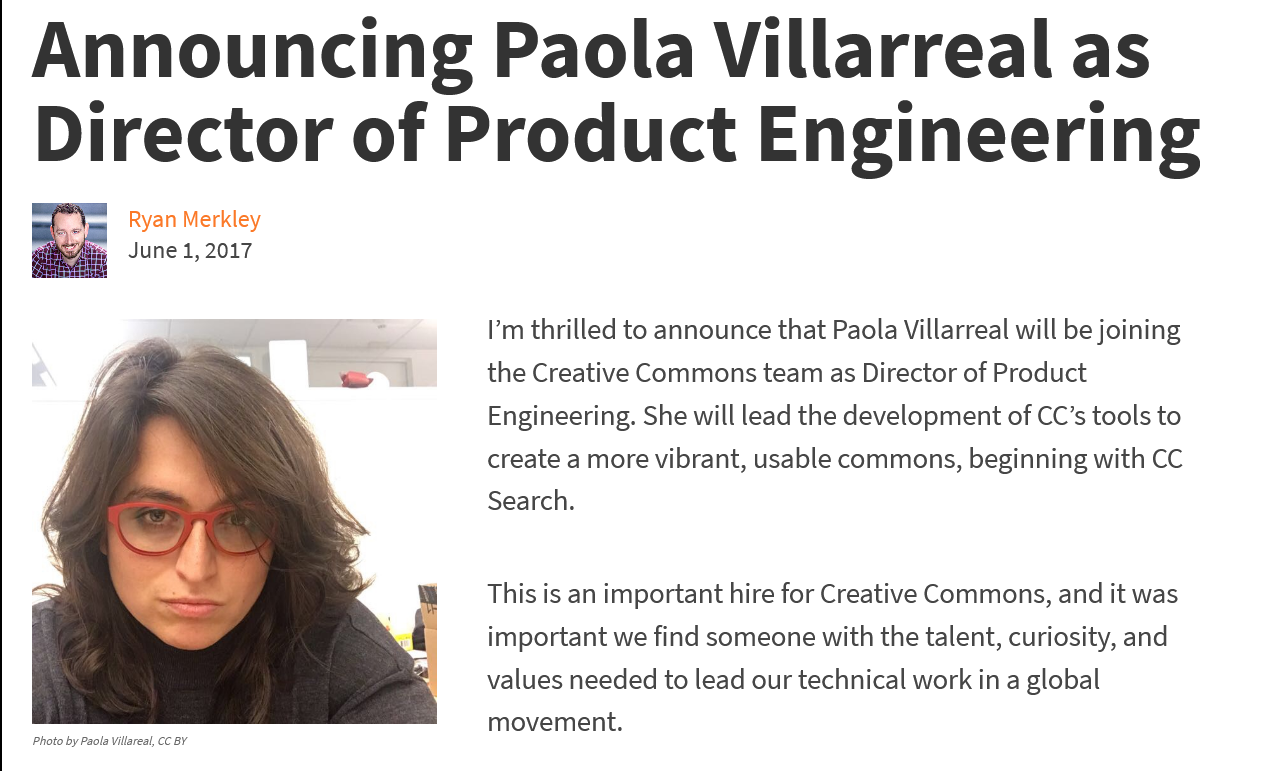
Announcing    Paola    Villarreal    as
   Director    of    Product    Engineering
     I’m thrilled to announce that Paola Villarreal will be joining
     the Creative Commons team as Director of Product
     Engineering. She will lead the development of CC’s tools to
     create a more vibrant, usable commons, beginning with CC
     Search.
     This is an important hire for Creative Commons, and it was
     important we find someone with the talent, curiosity, and
     values needed to lead our technical work in a global
     movement.
   Photo by Paola Villareal, CC BY
     June 1, 2017
     Ryan Merkley